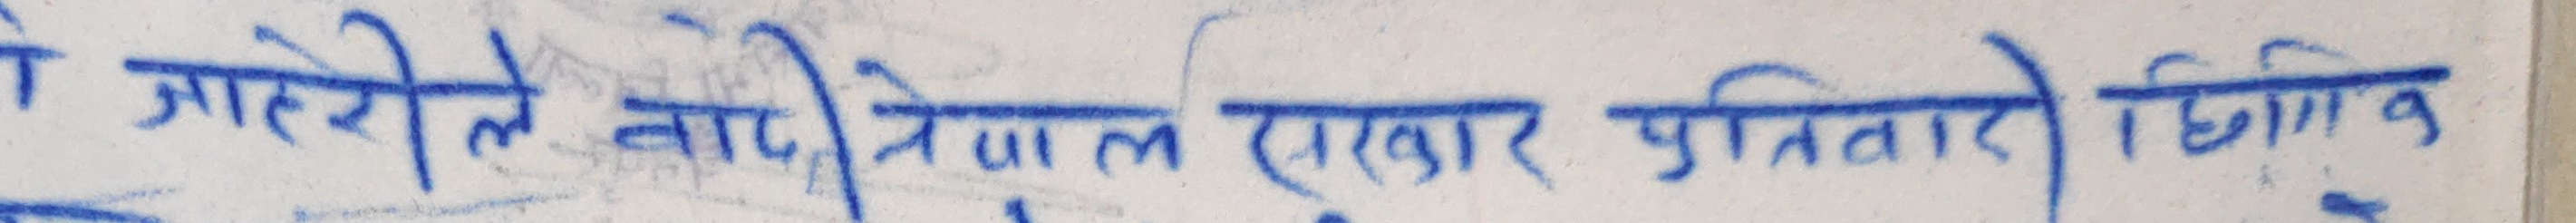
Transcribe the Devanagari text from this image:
गो गोरेले बाढी नेपाल सरकार पुर्नवारो विमांक